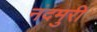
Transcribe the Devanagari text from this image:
नंदमुरी